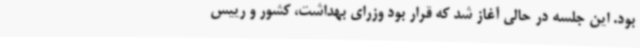
بود. این جلسه در حالی آغاز شد که قرار بود وزرای بهداشت، کشور و رییس